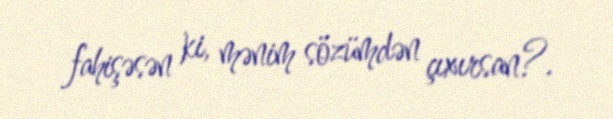
fahişəsən ki, mənim sözümdən çıxırsan?.